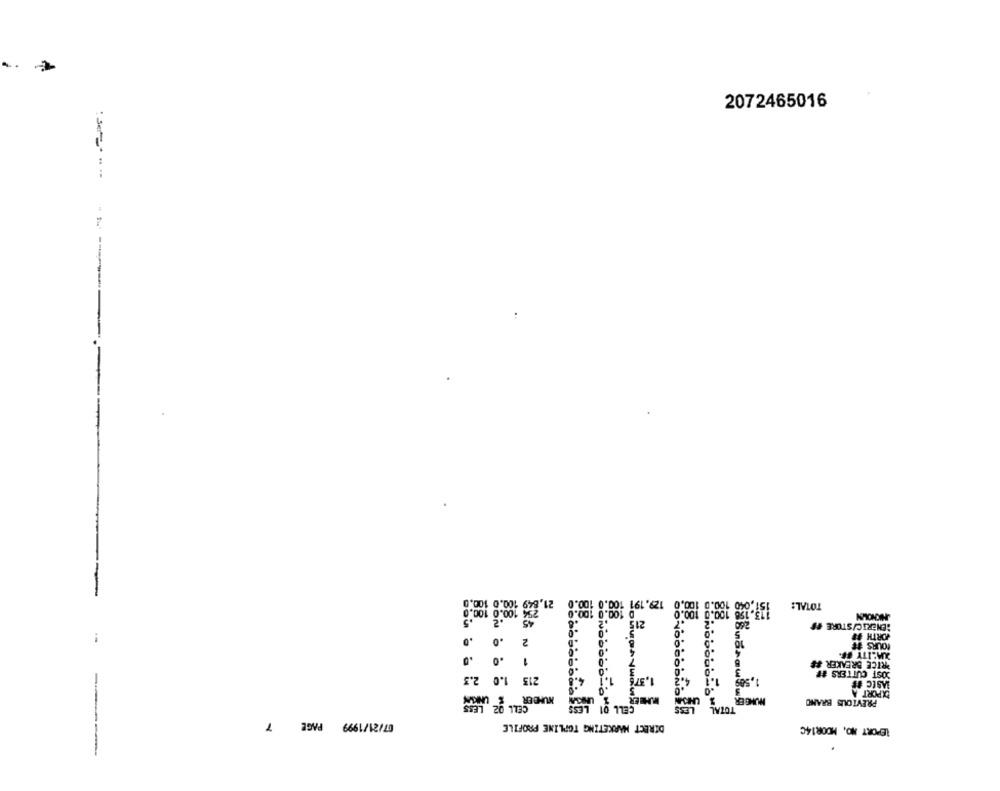
2072465016
129.191 100.0 100.0
21, 208 100 0 10
HKHOLN
GENERIC/STORE #F
FORTH #3
NO
COURS TE
QUALITY FF.
PRICE BREAKER ##
asuarat
JOST CUTTERS #F
EXPORT A
JASEC #F
PREVIOUS BRAND
07/21/1999 PAGE 7
DIRECT MARKETING TOPLINE PROFILE
LEPORT NO, MOOR14℃
---